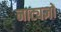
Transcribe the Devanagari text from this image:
नाट्यज्ञों